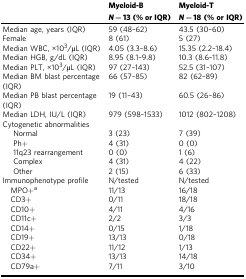
<table><thead><tr><td></td><td><b>Myeloid-B</b></td><td><b>Myeloid-T</b></td></tr><tr><td></td><td><b><i>N</i> = 13 (% or IQR)</b></td><td><b><i>N</i> = 18 (% or IQR)</b></td></tr></thead><tbody><tr><td>Median age, years (IQR)</td><td>59 (48–62)</td><td>43.5 (30–60)</td></tr><tr><td>Female</td><td>8 (61)</td><td>5 (27)</td></tr><tr><td>Median WBC, ×10<sup>3</sup>/μL (IQR)</td><td>4.05 (3.3–8.6)</td><td>15.35 (2.2–18.4)</td></tr><tr><td>Median HGB, g/dL (IQR)</td><td>8.95 (8.1–9.8)</td><td>10.3 (8.6–11.8)</td></tr><tr><td>Median PLT, ×10<sup>3</sup>/μL (IQR)</td><td>97 (27–143)</td><td>52.5 (31–107)</td></tr><tr><td>Median BM blast percentage (IQR)</td><td>66 (57–85)</td><td>82 (62–89)</td></tr><tr><td>Median PB blast percentage (IQR)</td><td>19 (11–43)</td><td>60.5 (26–86)</td></tr><tr><td>Median LDH, IU/L (IQR)</td><td>979 (598–1533)</td><td>1012 (802–1208)</td></tr><tr><td>Cytogenetic abnormalities</td><td></td><td></td></tr><tr><td>Normal</td><td>3 (23)</td><td>7 (39)</td></tr><tr><td>Ph+</td><td>4 (31)</td><td>0 (0)</td></tr><tr><td>11q23 rearrangement</td><td>0 (0)</td><td>1 (6)</td></tr><tr><td>Complex</td><td>4 (31)</td><td>4 (22)</td></tr><tr><td>Other</td><td>2 (15)</td><td>6 (33)</td></tr><tr><td>Immunophenotype profile</td><td>N/tested</td><td>N/tested</td></tr><tr><td> MPO+<sup>a</sup></td><td>11/13</td><td>16/18</td></tr><tr><td> CD3+</td><td>0/11</td><td>18/18</td></tr><tr><td> CD10+</td><td>4/11</td><td>4/16</td></tr><tr><td> CD11c+</td><td>2/2</td><td>3/3</td></tr><tr><td> CD14+</td><td>0/15</td><td>1/18</td></tr><tr><td> CD19+</td><td>13/13</td><td>0/18</td></tr><tr><td> CD22+</td><td>11/12</td><td>1/13</td></tr><tr><td> CD34+</td><td>13/13</td><td>14/18</td></tr><tr><td> CD79a+</td><td>7/11</td><td>3/10</td></tr></tbody></table>